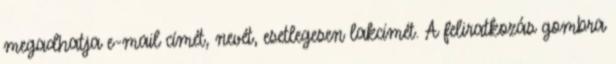
megadhatja e-mail címét, nevét, esetlegesen lakcímét. A feliratkozás gombra